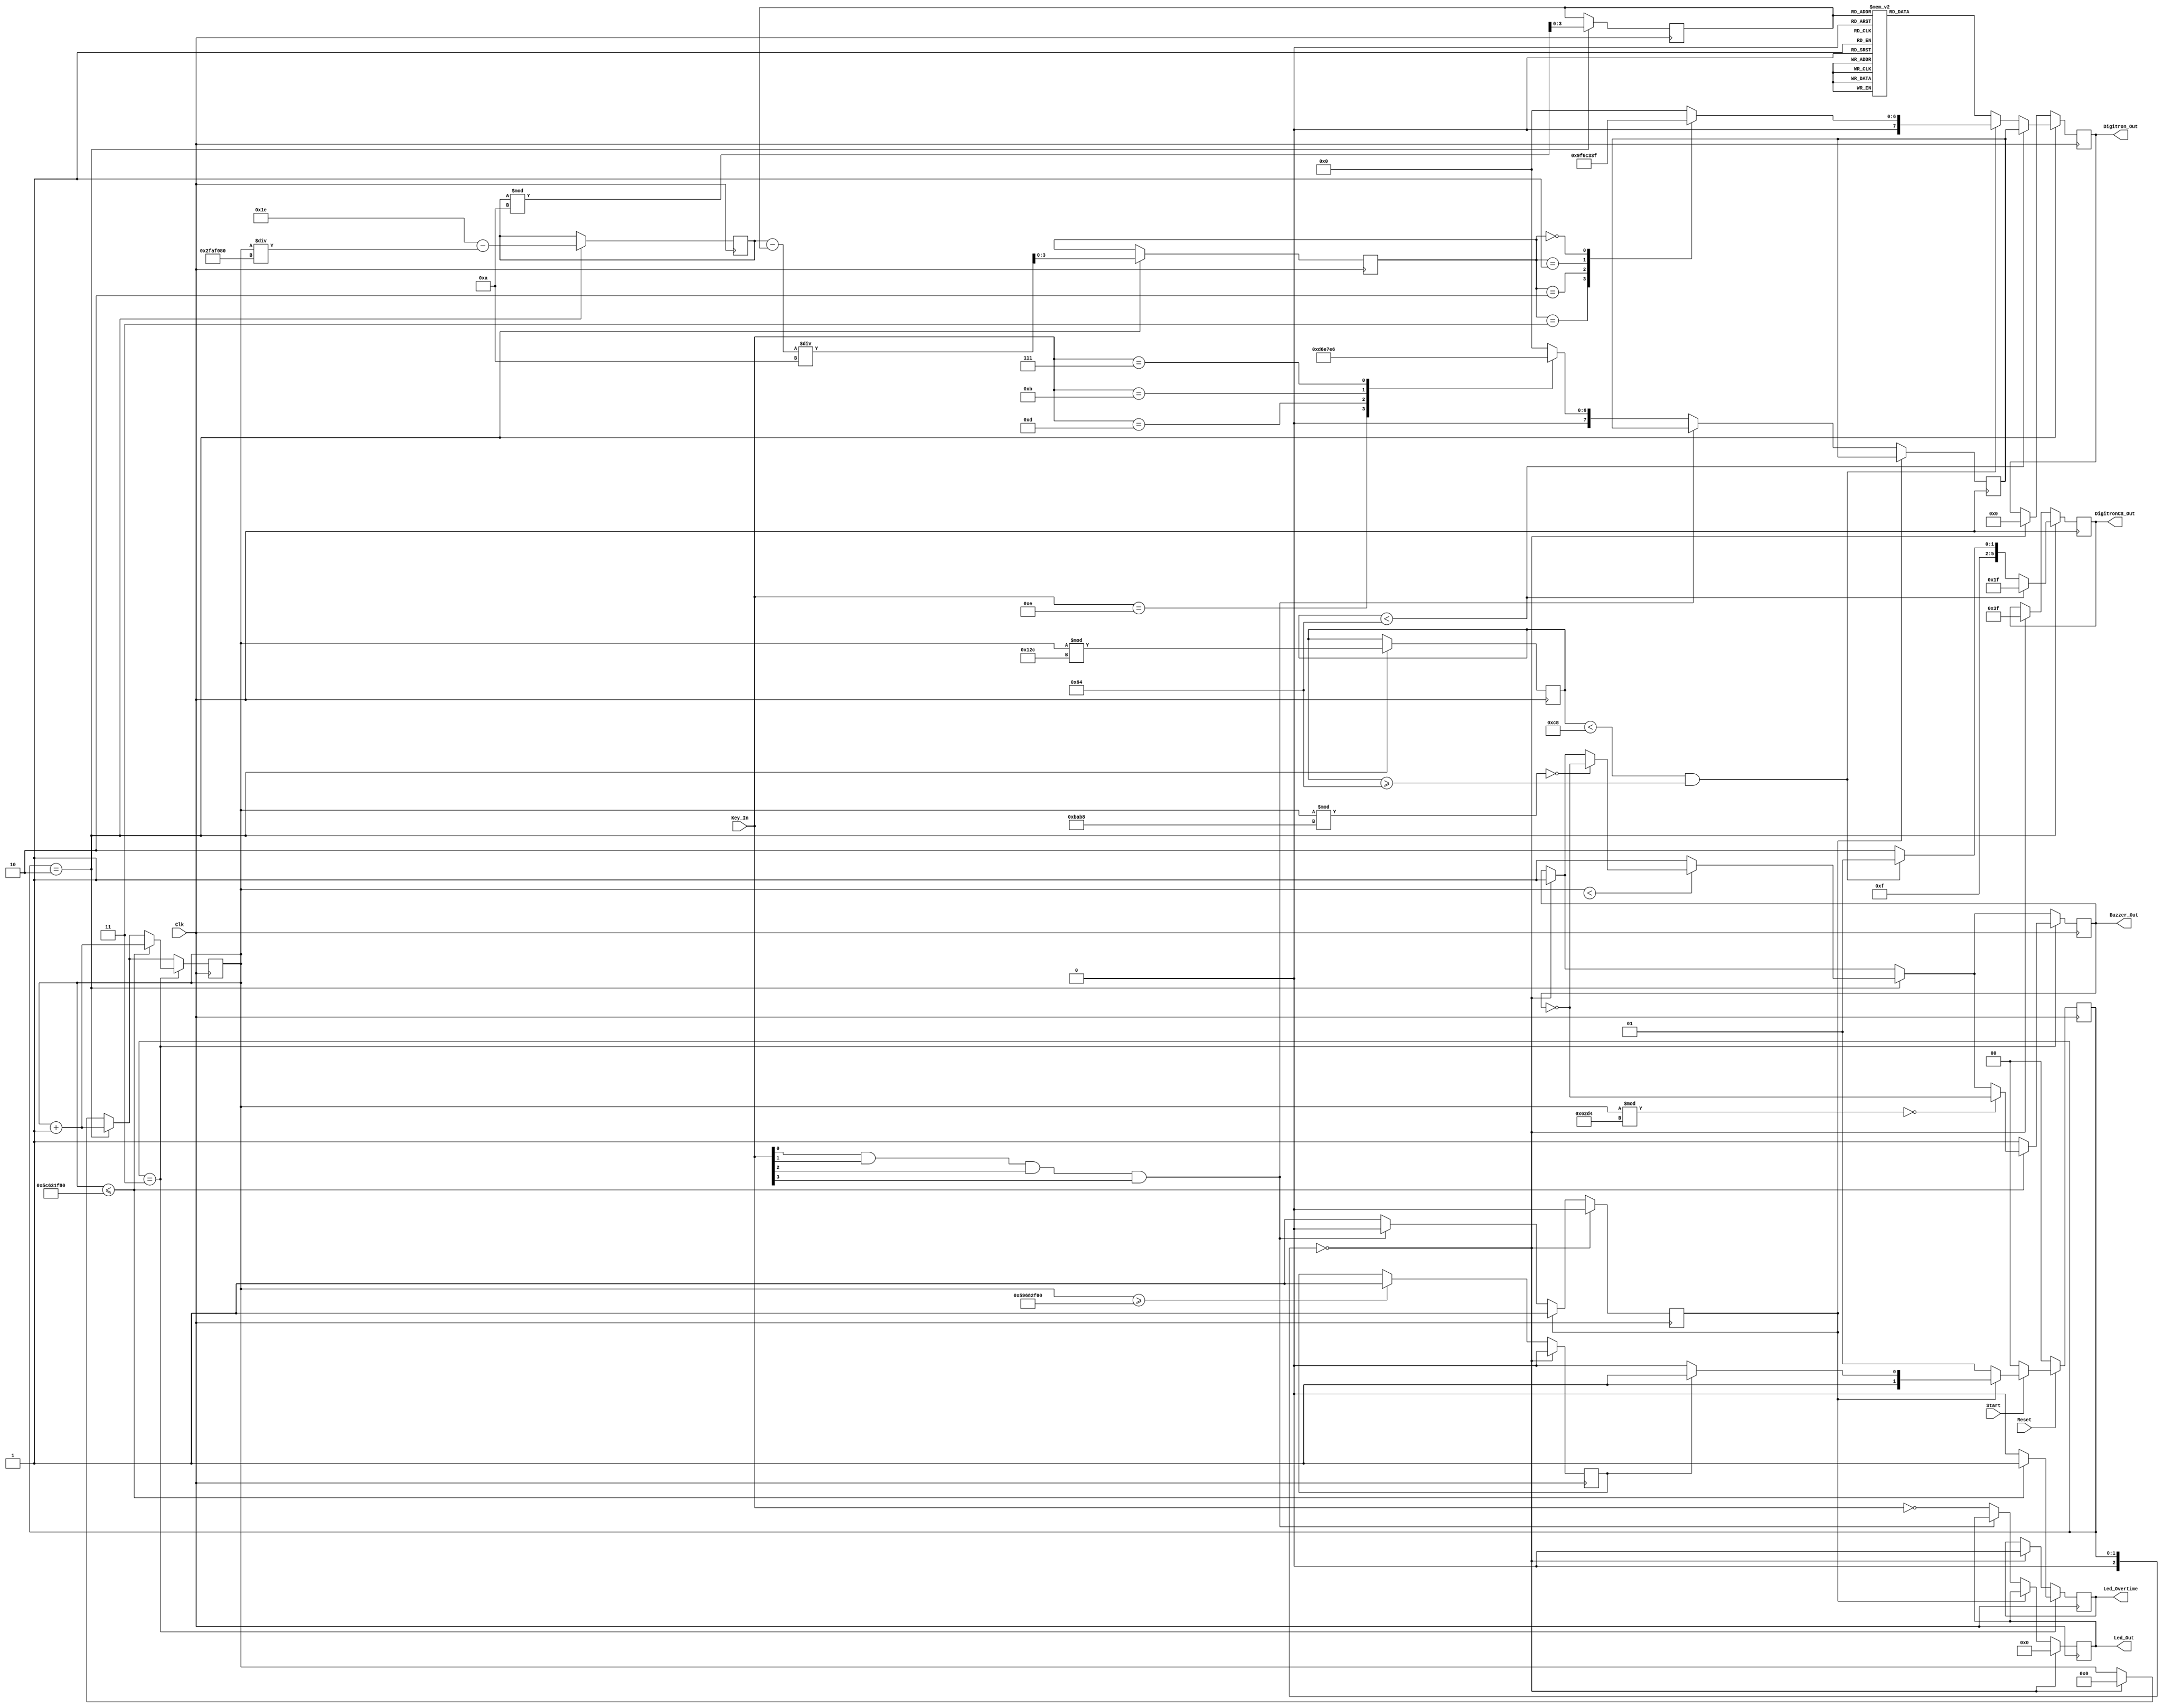
module responder_suc(
	Reset,
	Clk,
	Start,
	Key_In,
	Led_Out,
	Buzzer_Out,
	Led_Overtime,
	Digitron_Out,
	DigitronCS_Out
);

input Reset,Start,Clk;
input [3:0] Key_In;
output Buzzer_Out,Led_Overtime;
output [3:0] Led_Out;
output [5:0] DigitronCS_Out;
output [7:0] Digitron_Out;
//*********************************************************
//Time control
//parameter T0_1s=5000000;
//parameter T0_2s=10000000;
//parameter T0_5s=25000000;//fosc=50MHz,o.5s->25MHz
parameter T1s=50000000;//1s->50MHz
parameter T30s=1500000000;//30s->1.5GHz
//*********************************************************
//Display
parameter Num0=8'b0011_1111;//Display number with 7 led
parameter Num1=8'b0000_0110;
parameter Num2=8'b0101_1011;
parameter Num3=8'b0100_1111;
parameter Num4=8'b0110_0110;
parameter Num5=8'b0110_1101;
parameter Num6=8'b0111_1101;
parameter Num7=8'b0000_0111;
parameter Num8=8'b0111_1111;
parameter Num9=8'b0110_1111;
parameter Null=8'b0;
//*********************************************************
//Status
reg [2:0] Flag = 3'b000;
reg Block;
reg Over;
parameter Clr =3'b000;
parameter Wait=3'b001;
parameter Spon=3'b010;
parameter Flow=3'b011;
//*********************************************************
//User
reg [3:0] Key_tmp;
reg [3:0] Led_tmp;
reg Buzzer_tmp,Led_Overtime_tmp;
reg [31:0] Counter,Re;
reg [5:0] DigitronCS_tmp;
reg [7:0] Digitron_tmp;

integer Rest;
reg [3:0] NumH,NumL;
reg [7:0] NO;
parameter Dig0=6'b11_1110;//00_0001;
parameter Dig1=6'b11_1101;//00_0010;
parameter Dig5=6'b01_1111;//10_0000;
//*********************************************************
//Status
always @(posedge Clk) begin
	if (!Reset) begin
		// reset
		Flag <= Clr;//Status=0xxx
	end
	else begin
		if (Start) begin
			if (!Block) begin
			Flag <= Wait;//Status=110x
			end
			else begin
				if (!Over) begin
					Flag <= Spon;//Status=1110
				end
				else begin
					Flag <= Flow;//Status=1111
				end
			end
		end
		else begin
			Flag <= Clr;//Status=10xx
		end
	end
end
//*********************************************************
//Main function
always @(posedge Clk) begin
	//************************************
	//While someone responder, keep the data in unchanged
	if (!Block) begin
		if (!(Key_In[0] && Key_In[1] && Key_In[2] && Key_In[3])) begin
			Block <= 1'b1;
			Key_tmp <= ~Key_In;
			case(Key_In)
				4'b1110:begin
					NO <= Num1;
				end
				4'b1101:begin
					NO <= Num2;
				end
				4'b1011:begin
					NO <= Num3;
				end
				4'b0111:begin
					NO <= Num4;
				end
				default: NO <= Null;
			endcase
		end		
	end
	//************************************
	//Overtime sign
	if(Counter>=T30s) begin
		Over <= 1'b1;
	end
	//************************************
	//Clear all
	if (Flag==Clr) begin
		Block <= 1'b0;
		Over <= 1'b0;
		Counter <= 32'b0;
		Key_tmp <= 4'b0;
		Led_tmp <= 4'b0;
		Buzzer_tmp <= 1'b1;
		Digitron_tmp <= 8'b0;
		DigitronCS_tmp <= 6'b11_1111;
		Led_Overtime_tmp <= 1'b0;
	end
	//************************************
	//Wait for one of Key_In's bit transfer to '0'
	else if (Flag==Wait) begin
	end
	//***********************************
	//Responder and not overtime
	if (Flag==Spon) begin
		Counter <= Counter+1'b1;
		if (Counter<T0_5s) begin
			if(Counter%47800==0)begin
				Buzzer_tmp <= ~Buzzer_tmp;
			end
		end
		else begin
			Buzzer_tmp <= 1'b1;
		end
		Rest <= Counter%300;
		Re <= 30-Counter/T1s;
		NumL <= Re%10;
		NumH <= (Re-NumL)/10;
		//{NumH[3:0],NumL[3:0]} <= Re[7:0];
		if (Rest<100) begin
			Digitron_tmp <= NO;
			DigitronCS_tmp <= Dig5;
		end
		else 
		if(Rest<200 && Rest>=100) begin
			
			case(NumH)
				4'b0011:begin
					DigitronCS_tmp <= Dig1;
					Digitron_tmp <= Num3;
				end
				4'b0010:begin
					DigitronCS_tmp <= Dig1;
					Digitron_tmp <= Num2;
				end
				4'b0001:begin
					DigitronCS_tmp <= Dig1;
					Digitron_tmp <= Num1;
				end
				4'b0000:begin
					DigitronCS_tmp <= Dig1;
					Digitron_tmp <= Num0;
				end
				default:begin 
					DigitronCS_tmp <= Dig1;
					Digitron_tmp <= Null;
				end
			endcase
		end
		else begin
			DigitronCS_tmp <= Dig0;
			case(NumL)
				4'b1001:begin
					Digitron_tmp <= Num9;
				end
				4'b1000:begin
					Digitron_tmp <= Num8;
				end
				4'b0111:begin
					Digitron_tmp <= Num7;
				end
				4'b0110:begin
					Digitron_tmp <= Num6;
				end
				4'b0101:begin
					Digitron_tmp <= Num5;
				end
				4'b0100:begin
					Digitron_tmp <= Num4;
				end
				4'b0011:begin
					Digitron_tmp <= Num3;
				end
				4'b0010:begin
					Digitron_tmp <= Num2;
				end
				4'b0001:begin
					Digitron_tmp <= Num1;
				end
				4'b0000:begin
					Digitron_tmp <= Num0;
				end
				default: Digitron_tmp <= Null;
				endcase
		end
	end
	//***********************************
	//Overtime
	if (Flag==Flow) begin
		if (Counter<=(T1s+T30s)) begin
			Counter <= Counter+1'b1;
			if (Counter%25300==0) begin
				Buzzer_tmp <= ~Buzzer_tmp;
			end
			Led_Overtime_tmp <= 1'b1;
		end
		else begin
			Led_Overtime_tmp <= 1'b0;
			Buzzer_tmp <= 1'b1;
		end
	end
end

assign Buzzer_Out = Buzzer_tmp;
assign Led_Overtime = Led_Overtime_tmp;
assign Led_Out = Key_tmp;
assign Digitron_Out = Digitron_tmp;
assign DigitronCS_Out = DigitronCS_tmp;

endmodule